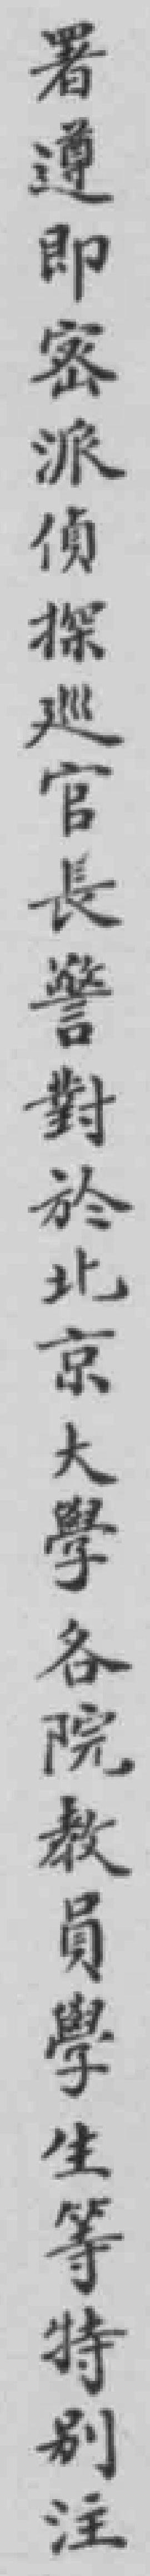
署遵即密派偵探廵官長警對於北京大學各院教員學生等特別注